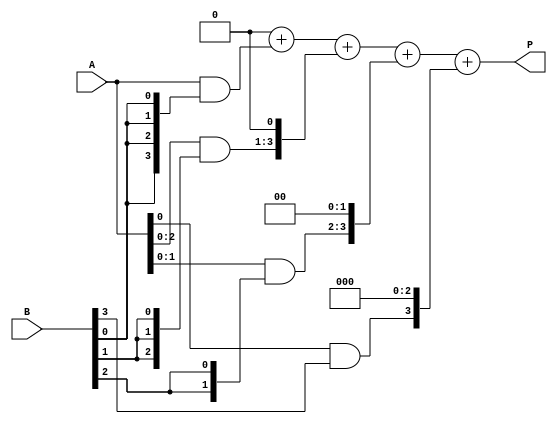
module array_multiplier #(parameter N = 4, M = 4) (
    input [N-1:0] A,  // N-bit multiplicand
    input [M-1:0] B,  // M-bit multiplier
    output reg [N+M-1:0] P // (N+M)-bit product
);

    // Partial product array
    reg [N-1:0] partial_products[M-1:0];

    integer i, j;

    // Generate partial products
    always @(*) begin
        // Initialize product to zero
        P = 0;

        // Generate partial products
        for (i = 0; i < M; i = i + 1) begin
            partial_products[i] = A & {N{B[i]}}; // AND A with each bit of B
            // Shift the partial product according to the bit position
            partial_products[i] = partial_products[i] << i;
        end

        // Sum the partial products
        for (j = 0; j < M; j = j + 1) begin
            P = P + partial_products[j];
        end
    end
endmodule